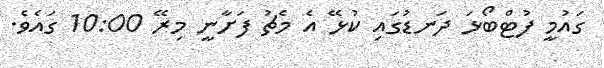
ގައުމީ ފުޓްބޯޅަ ދަނޑުގައި ކުޅޭ އެ މެޗު ފަށާނީ މިރޭ 10:00 ގައެވެ.